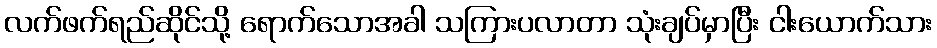
လက်ဖက်ရည်ဆိုင်သို့ ရောက်သောအခါ သကြားပလာတာ သုံးချပ်မှာပြီး ငါးယောက်သား